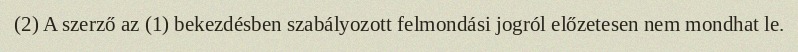
(2) A szerző az (1) bekezdésben szabályozott felmondási jogról előzetesen nem mondhat le.